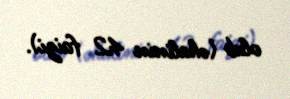
olub (əhalinin 42 faizi).